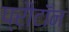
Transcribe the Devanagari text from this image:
प्रौटॉन